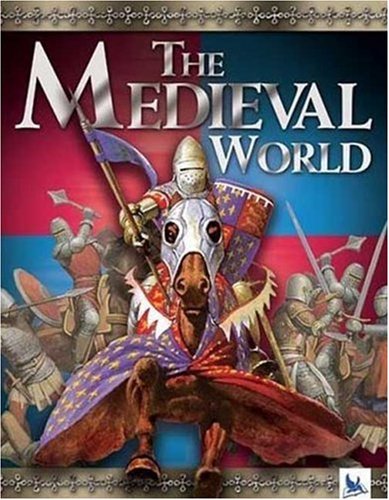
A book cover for The Medieval World; Philip Steele; Children's Books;